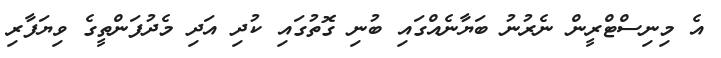
އެ މިނިސްޓްރީން ނެރުނު ބަޔާނެއްގައި ބުނި ގޮތުގައި ކުދި އަދި މެދުފަންތީގެ ވިޔަފާރި